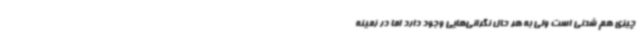
چیزی هم شدنی است ولی به هر حال نگرانی‌هایی وجود دارد اما در زمینه